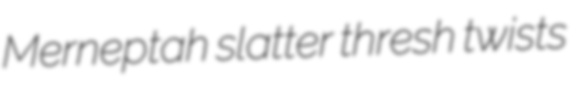
Merneptah slatter thresh twists